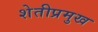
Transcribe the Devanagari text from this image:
शेतीप्रमुख